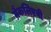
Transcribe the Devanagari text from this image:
मैकलिएवी